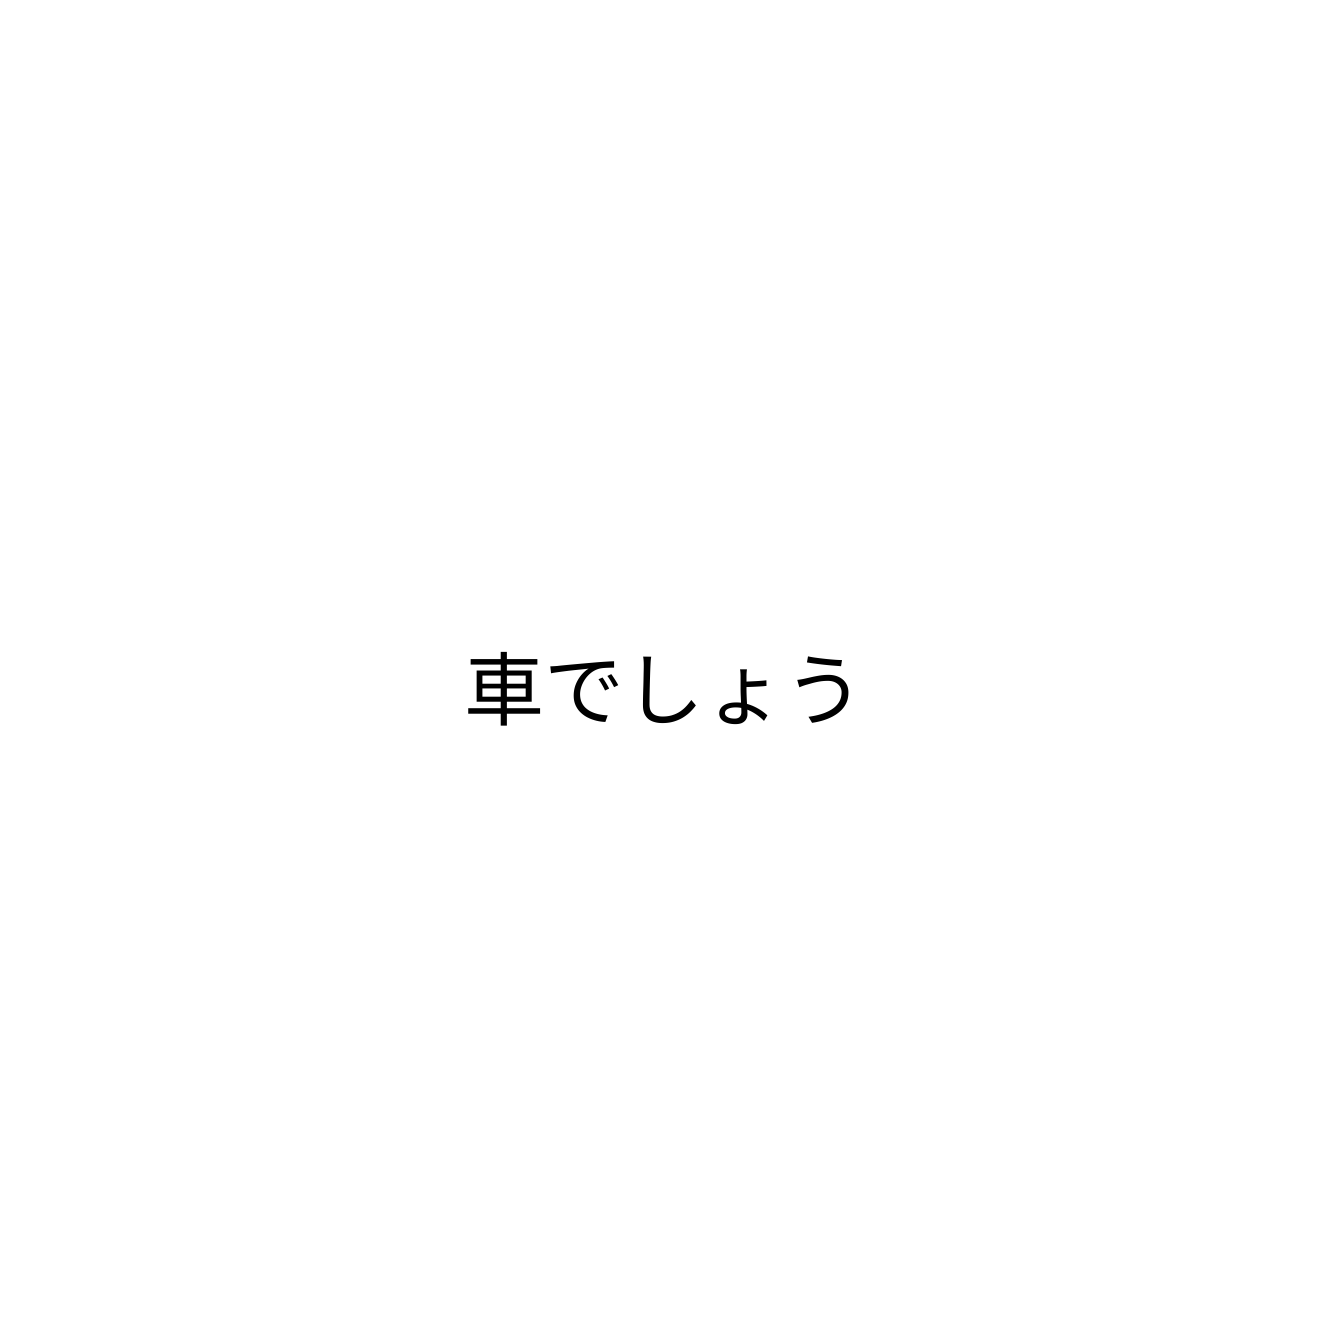
車でしょう